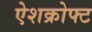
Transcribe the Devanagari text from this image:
ऐशक्रोफ्ट